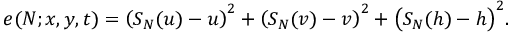
e ( N ; x , y , t ) = \left( S _ { N } ( u ) - u \right) ^ { 2 } + \left( S _ { N } ( v ) - v \right) ^ { 2 } + \bigl ( S _ { N } ( h ) - h \bigr ) ^ { 2 } .